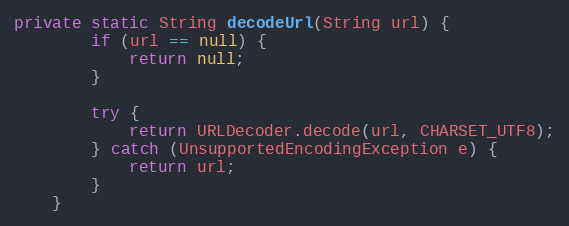
Language: Java
private static String decodeUrl(String url) {
        if (url == null) {
            return null;
        }

        try {
            return URLDecoder.decode(url, CHARSET_UTF8);
        } catch (UnsupportedEncodingException e) {
            return url;
        }
    }